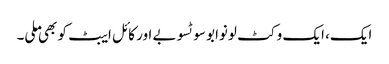
ایک، ایک وکٹ لونوابو سوٹسوبے اور کائل ایبٹ کو بھی ملی۔